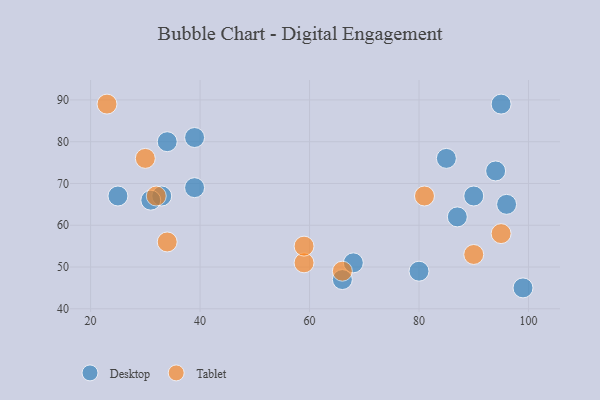
{"axis": {"x": "GDP", "y": "Life Expectancy"}, "legend": ["Desktop", "Tablet"], "data": [{"x": "80", "y": 49, "type": "Desktop"}, {"x": "34", "y": 80, "type": "Desktop"}, {"x": "39", "y": 69, "type": "Desktop"}, {"x": "90", "y": 67, "type": "Desktop"}, {"x": "25", "y": 67, "type": "Desktop"}, {"x": "95", "y": 89, "type": "Desktop"}, {"x": "94", "y": 73, "type": "Desktop"}, {"x": "99", "y": 45, "type": "Desktop"}, {"x": "33", "y": 67, "type": "Desktop"}, {"x": "66", "y": 47, "type": "Desktop"}, {"x": "68", "y": 51, "type": "Desktop"}, {"x": "39", "y": 81, "type": "Desktop"}, {"x": "87", "y": 62, "type": "Desktop"}, {"x": "85", "y": 76, "type": "Desktop"}, {"x": "96", "y": 65, "type": "Desktop"}, {"x": "31", "y": 66, "type": "Desktop"}, {"x": "95", "y": 58, "type": "Tablet"}, {"x": "59", "y": 51, "type": "Tablet"}, {"x": "59", "y": 55, "type": "Tablet"}, {"x": "34", "y": 56, "type": "Tablet"}, {"x": "90", "y": 53, "type": "Tablet"}, {"x": "81", "y": 67, "type": "Tablet"}, {"x": "32", "y": 67, "type": "Tablet"}, {"x": "66", "y": 49, "type": "Tablet"}, {"x": "30", "y": 76, "type": "Tablet"}, {"x": "23", "y": 89, "type": "Tablet"}]}